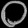
Digit: ၀